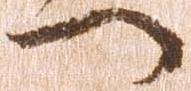
へ